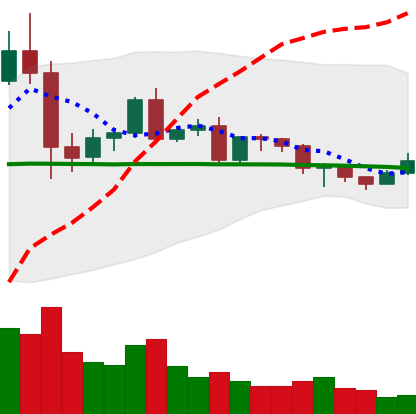
Ticker: EOS-USD
Chart end date: 2020-12-13
Forward return: 7.53%
Label: up_7plus